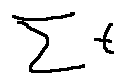
\sum t